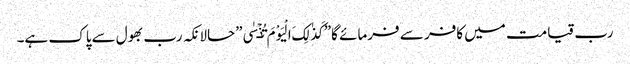
رب قیامت میں کافر سے فرمائے گا”کَذٰلِکَ الْیَوْمَ تُنۡسٰی”حالانکہ رب بھول سےپاک ہے۔